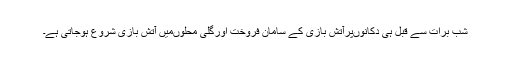
شب برات سے قبل ہی دکانوںپرآتش بازی کے سامان فروخت اورگلی محلوںمیں آتش بازی شروع ہوجاتی ہے۔